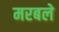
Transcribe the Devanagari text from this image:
मरबले